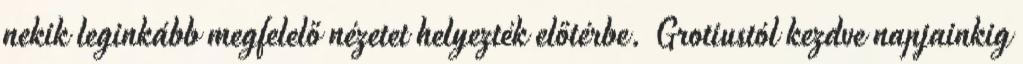
nekik leginkább megfelelő nézetet helyezték előtérbe. Grotiustól kezdve napjainkig